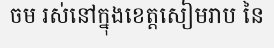
ចម រស់នៅក្នុងខេត្តសៀមរាប នៃ